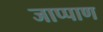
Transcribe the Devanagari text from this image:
जाप्पाण